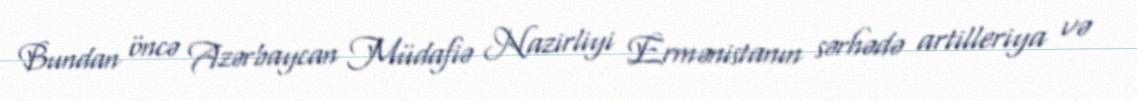
Bundan öncə Azərbaycan Müdafiə Nazirliyi Ermənistanın sərhədə artilleriya və